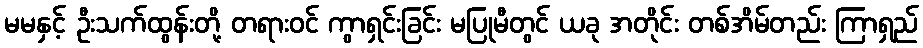
မမနှင့် ဦးသက်ထွန်းတို့ တရားဝင် ကွာရှင်းခြင်း မပြုမီတွင် ယခု အတိုင်း တစ်အိမ်တည်း ကြာရှည်